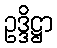
ဥဒ္ဒိဋ္ဌာ